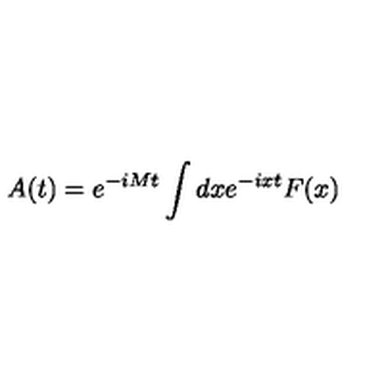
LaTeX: A ( t ) = e ^ { - i M t } \int { d x e ^ { - i x t } F ( x ) }